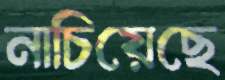
নাচিয়েছে